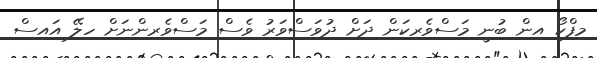
މިފްކޯ އިން ބުނީ މަސްވެރިކަން ދަށް ދުވަސްވަރު ވެސް މަސްވެރިންނަށް ހިލޭ އައިސް